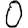
Digit: 0